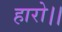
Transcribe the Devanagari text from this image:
हारो।।